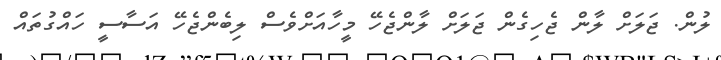
ލުން. ޖަލަށް ލާން ޖެހިގެން ޖަލަށް ލާންޖެހޭ މީހާއަށްވެސް ލިބެންޖެހޭ އަސާސީ ހައްގުތައް